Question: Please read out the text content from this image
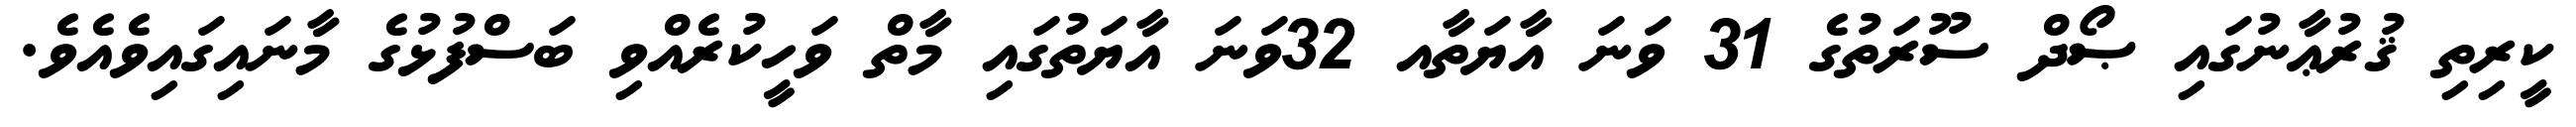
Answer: ކީރިތި ޤުރުޢާނުގައި ޞޯދް ސޫރަތުގެ 31 ވަނަ އާޔަތާއ 32ވަނަ އާޔަތުގައި މާތް ވަހީކުރެއްވި ބަސްފުޅުގެ މާނައިގައިވެއެވެ.